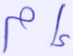
إم